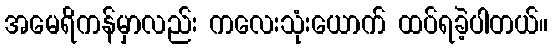
အမေရိကန်မှာလည်း ကလေးသုံးယောက် ထပ်ရခဲ့ပါတယ်။